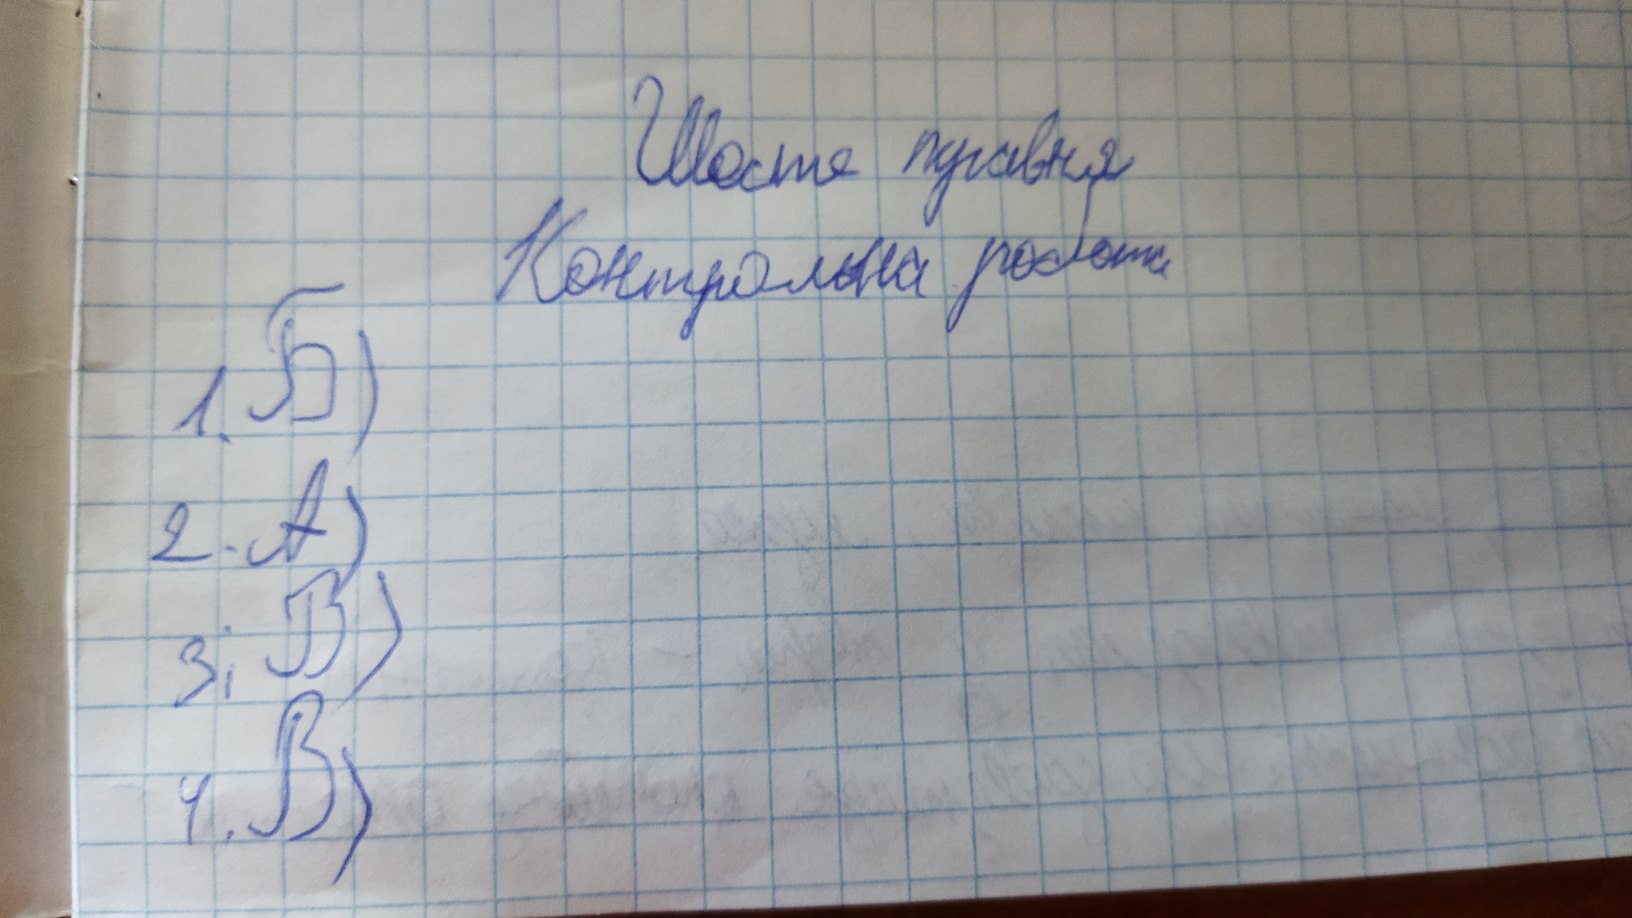
Шосте травня
Контрольна робота
1. Б)
2. A)
3; В)
4. B)